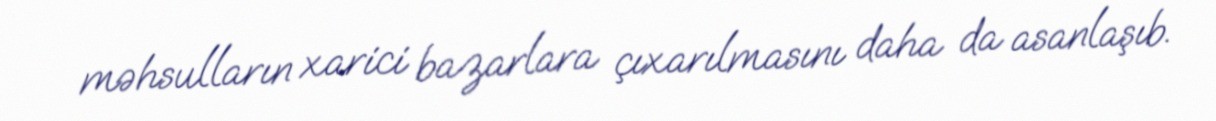
məhsulların xarici bazarlara çıxarılmasını daha da asanlaşıb.